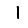
Digit: 1